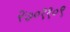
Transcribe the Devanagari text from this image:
२७०११०९